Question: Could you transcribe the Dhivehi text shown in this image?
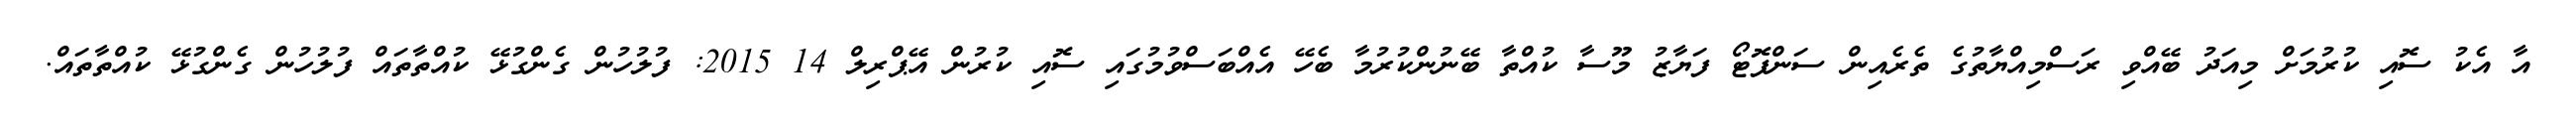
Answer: އާ އެކު ސޮއި ކުރުމަށް މިއަދު ބޭއްވި ރަސްމިއްޔާތުގެ ތެރެއިން ސަންފޮޓޯ ފަޔާޒު މޫސާ ކުއްތާ ބޭނުންކުރުމާ ބެހޭ އެއްބަސްވުމުގައި ސޮއި ކުރުން އޭޕްރިލް 14 2015: ފުލުހުން ގެންގުޅޭ ކުއްތާތައް ފުލުހުން ގެންގުޅޭ ކުއްތާތައް.